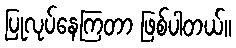
ပြုလုပ်နေကြတာ ဖြစ်ပါတယ်။